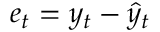
e _ { t } = y _ { t } - \hat { y } _ { t }